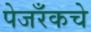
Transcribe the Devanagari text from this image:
पेजरँकचे